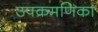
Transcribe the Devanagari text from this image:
उपक्रमणिका